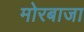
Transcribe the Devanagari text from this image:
मोरबाजा